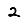
Digit: 2